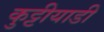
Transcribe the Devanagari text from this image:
कुट्टीयाडी